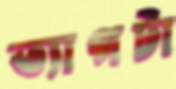
ত্যাগটা